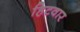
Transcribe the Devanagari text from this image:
हिटवार